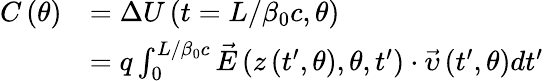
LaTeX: \begin{array}{rl}{C\left(\theta\right)}&{=\Delta U\left(t=L/\beta_{0}c,\theta\right)}\\ &{=q\int_{0}^{L/\beta_{0}c}\vec{E}\left(z\left({t}^{\prime},\theta\right),\theta,{t}^{\prime}\right)\cdot\vec{\upsilon}\left({t}^{\prime},\theta\right)d{t}^{\prime}}\end{array}